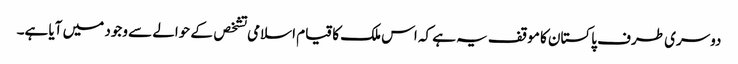
دوسری طرف پاکستان کا موقف یہ ہے کہ اس ملک کا قیام اسلامی تشخص کے حوالے سے وجود میں آیا ہے۔